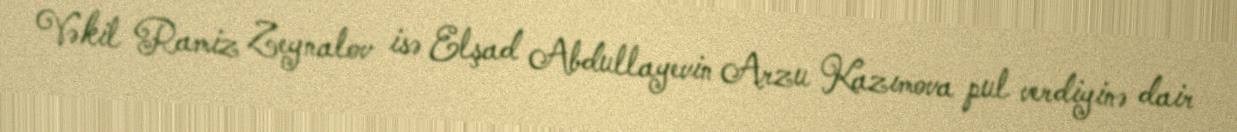
Vəkil Ramiz Zeynalov isə Elşad Abdullayevin Arzu Kazımova pul verdiyinə dair